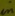
Text: in